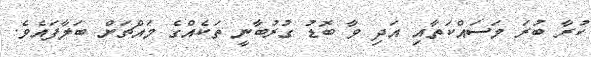
ކުރާ ބުރަ މަސައްކަތާއި އަދި ވާ ބޮޑު ގުރުބާނީ ތަކެއްގެ މައްޗަށް ބަލާފައެވެ.